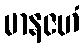
မာနဇဟံ